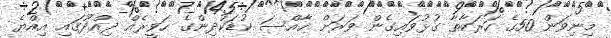
މިނިވަން 50ގެ ހަރަކާތާ ގުޅުވައިގެން ވަރަށް ޚާއްސަ ކުޑަކުދިންގެ ހަވީރެއް ދިއްދޫގައި އިއްޔެ